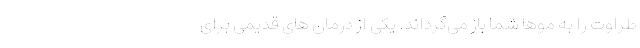
طراوت را به موها شما باز می­گرداند. یکی از درمان­ های قدیمی برای